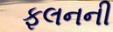
ફલનની